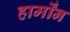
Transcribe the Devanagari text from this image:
हार्मोंन